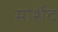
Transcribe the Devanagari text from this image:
मोर्शेद